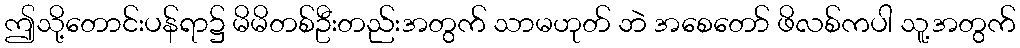
ဤသို့တောင်းပန်ရာ၌ မိမိတစ်ဦးတည်းအတွက် သာမဟုတ် ဘဲ အစေတော် ဖိလစ်ကပါ သူ့အတွက်